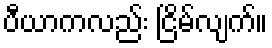
ပီယာကလည်း ငြိမ်လျက်။